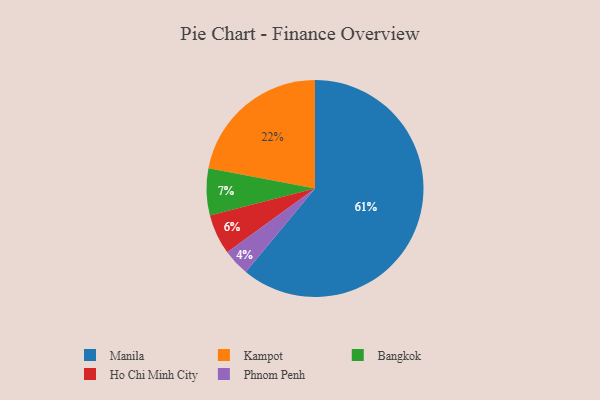
{"axis": {"x": "Category", "y": "Percentage"}, "legend": ["Bangkok", "Ho Chi Minh City", "Kampot", "Manila", "Phnom Penh"], "data": [{"x": "Manila", "y": 61, "type": "Manila"}, {"x": "Bangkok", "y": 7, "type": "Bangkok"}, {"x": "Phnom Penh", "y": 4, "type": "Phnom Penh"}, {"x": "Ho Chi Minh City", "y": 6, "type": "Ho Chi Minh City"}, {"x": "Kampot", "y": 22, "type": "Kampot"}]}